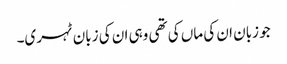
جو زبان ان کی ماں کی تھی وہی ان کی زبان ٹہری۔